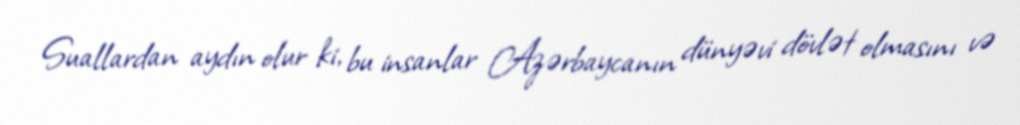
Suallardan aydın olur ki, bu insanlar Azərbaycanın dünyəvi dövlət olmasını və